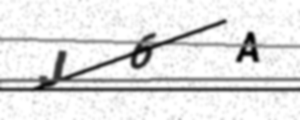
Text: J6A